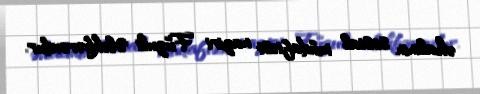
əhalinin sosial müdafiəsi naziri Füzuli Ələkbərovdur.